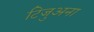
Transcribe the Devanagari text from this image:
टिजुअना